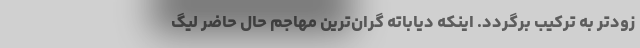
زودتر به ترکیب برگردد. اینکه دیاباته گران‌ترین مهاجم حال حاضر لیگ